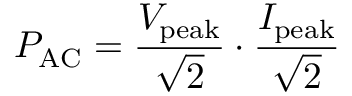
P _ { \mathrm { A C } } = { \frac { V _ { \mathrm { p e a k } } } { \sqrt { 2 } } } \cdot { \frac { I _ { \mathrm { p e a k } } } { \sqrt { 2 } } }